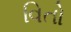
વિતો